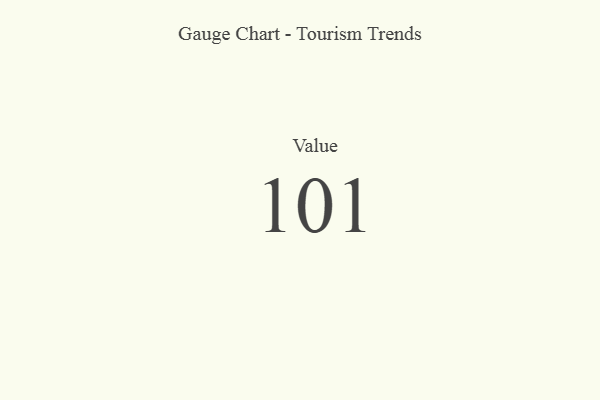
{"axis": {"x": "Metric", "y": "Value"}, "legend": [""], "data": [{"x": "Value", "y": 101, "type": ""}]}